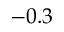
- 0 . 3